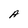
Character: A